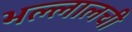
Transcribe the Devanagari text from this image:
भल्लालची